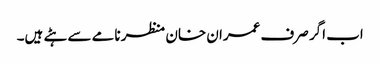
اب اگر صرف عمران خان منظر نامے سے ہٹے ہیں۔